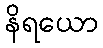
နိရယော